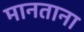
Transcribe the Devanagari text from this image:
मानताना